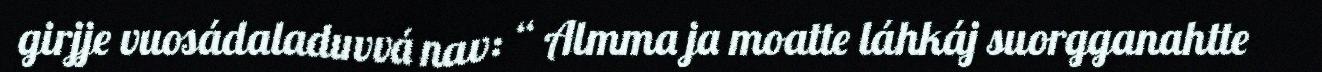
girjje vuosádaladuvvá nav: “ Almma ja moatte láhkáj suorgganahtte